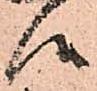
候